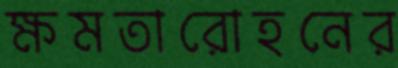
ক্ষমতারোহনের